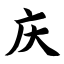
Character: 庆